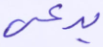
يدعى